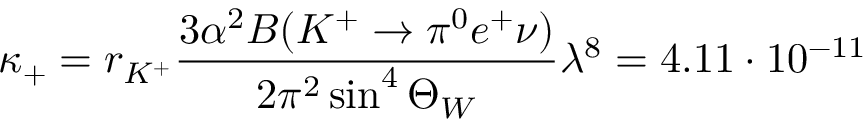
\kappa _ { + } = r _ { K ^ { + } } \frac { 3 \alpha ^ { 2 } B ( K ^ { + } \to \pi ^ { 0 } e ^ { + } \nu ) } { 2 \pi ^ { 2 } \sin ^ { 4 } \Theta _ { W } } \lambda ^ { 8 } = 4 . 1 1 \cdot 1 0 ^ { - 1 1 }